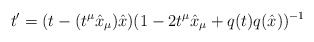
\begin{align*}t' = (t - (t^\mu {\hat x}_\mu) {\hat x})( 1 - 2 t^\mu {\hat x}_\mu + q(t) q({\hat x}))^{-1}\end{align*}